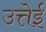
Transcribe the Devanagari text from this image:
उत्तेई